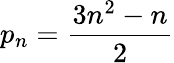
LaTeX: p_{n}={\frac{3n^{2}-n}{2}}